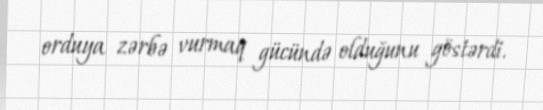
orduya zərbə vurmaq gücündə olduğunu göstərdi.